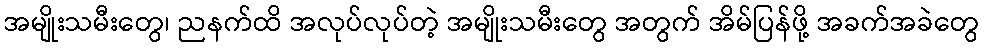
အမျိုးသမီးတွေ၊ ညနက်ထိ အလုပ်လုပ်တဲ့ အမျိုးသမီးတွေ အတွက် အိမ်ပြန်ဖို့ အခက်အခဲတွေ